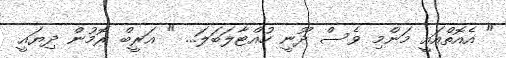
" އެއޮތްއައީ މަންމި ވެސް ދޫނީ ހުއްޓާލަބަލަ... " އަރީބް ރޮމުން ދިޔައީ